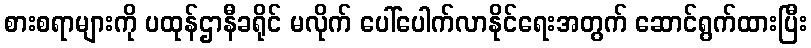
စားစရာများကို ပထုန်ဌာနီခရိုင် မလိုက် ပေါ်ပေါက်လာနိုင်ရေးအတွက် ဆောင်ရွက်ထားပြီး